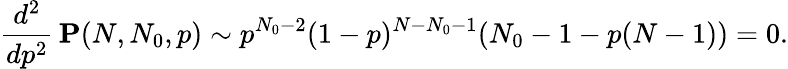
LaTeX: \frac{d^{2}}{dp^{2}}\, \mathbf{P}(N,N_{0},p)\sim p^{N_{0}-2}(1-p)^{N-N_{0}-1}(N_{0}-1-p(N-1))=0.